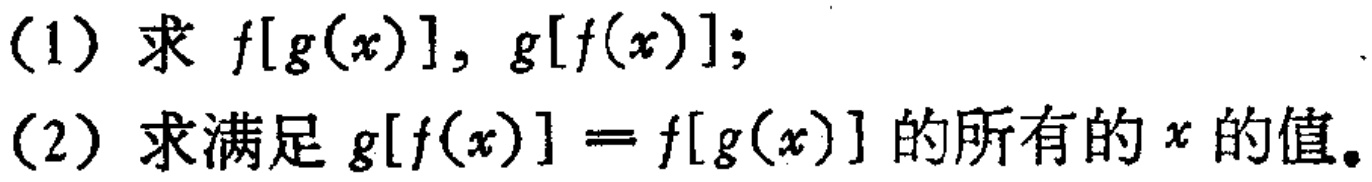
(1) 求 \(f[g(x)], g[f(x)]\);

(2) 求满足 \(g[f(x)] = f[g(x)]\) 的所有的 \(x\) 的值。